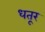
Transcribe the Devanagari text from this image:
धतूर